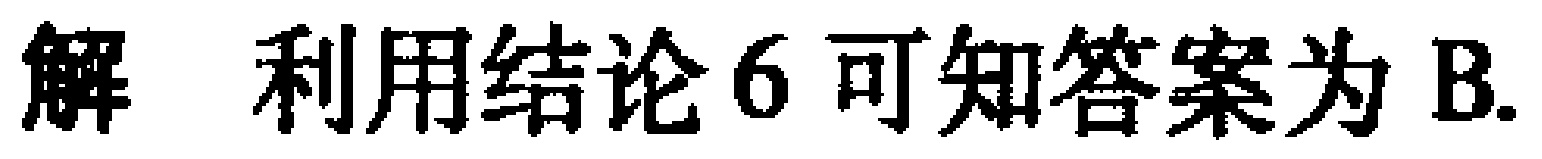
解 利用结论6可知答案为B.